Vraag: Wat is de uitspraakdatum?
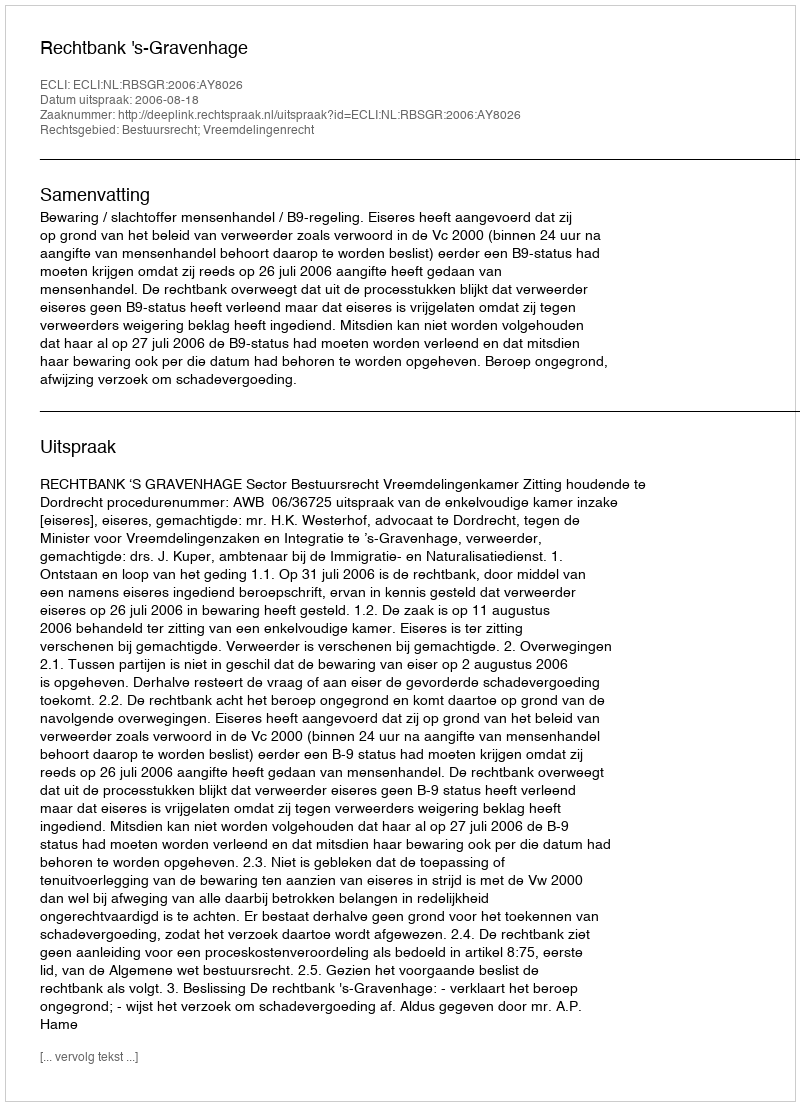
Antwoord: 2006-08-18